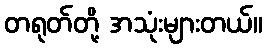
တရုတ်တို့ အသုံးများတယ်။